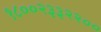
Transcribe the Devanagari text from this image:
१८००२३३२२००